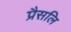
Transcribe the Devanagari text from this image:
प्रैसलि